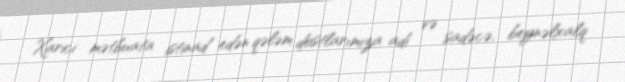
Xarici mətbuata istinad edən qələm dostlarımıza adi və sadəcə, beynəlxalq